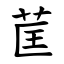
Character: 䒰